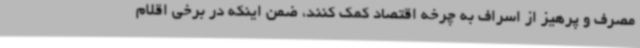
مصرف و پرهیز از اسراف به چرخه اقتصاد کمک کنند، ضمن اینکه در برخی اقلام